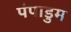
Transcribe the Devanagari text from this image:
पंपाडुम